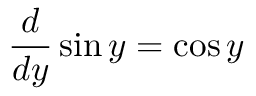
{ \frac { d } { d y } } \sin y = \cos y